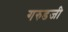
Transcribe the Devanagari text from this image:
गरुडजी